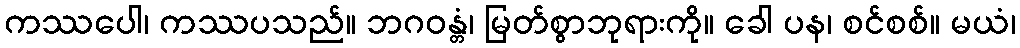
ကဿပေါ၊ ကဿပသည်။ ဘဂဝန္တံ၊ မြတ်စွာဘုရားကို။ ခေါ ပန၊ စင်စစ်။ မယံ၊